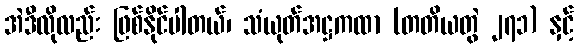
အဲဒီလိုလည်း ဖြစ်နိုင်ပါတယ်၊ သံယုတ်အဋ္ဌကထာ (တတိယတွဲ ၂၇၁) နှင့်